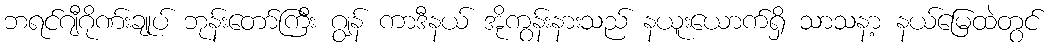
ဘရင်ဂျီဂိုဏ်းချုပ် ဘုန်းတော်ကြီး ဂျွန် ကာဒီနယ် အိုကွန်းနားသည် နယူးယောက်ရှိ သာသနာ့ နယ်မြေထဲတွင်